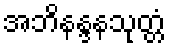
အဘိနန္ဒနသုတ္တံ